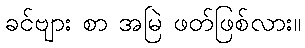
ခင်ဗျား စာ အမြဲ ဖတ်ဖြစ်လား။